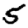
Digit: 5